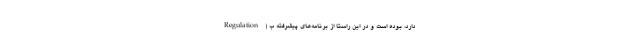
Regulation) دارد، بوده است و در این راستا از برنامه‌های پیشرفته ب